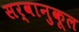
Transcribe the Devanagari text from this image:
सर्वानुकूल